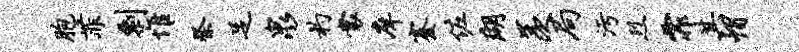
胞菲剽惟祭足泉杓裳庠蹇佐瑚羡局污烈霏其帽